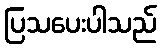
ပြသပေးပါသည်